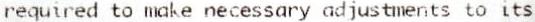
REQUIRED TO MAKE NECESSARY ADJUSTMENTS TO ITS